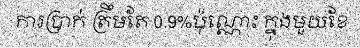
ការប្រាក់ ត្រឹមតែ 0.9%ប៉ុណ្ណោះ ក្នុងមួយខែ